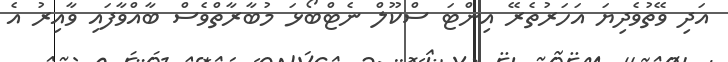
އަދި ވޭތުވެދިޔަ އަހަރުތެރޭ އިންޓަ ސްކޫލް ނެޓްބޯޅަ މުބާރާތްވެސް ބާއްވާފައި ވާއިރު އެ